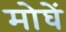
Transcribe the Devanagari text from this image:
मोघें